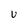
Character: u